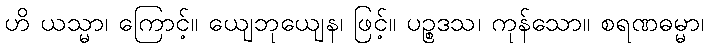
ဟိ ယသ္မာ၊ ကြောင့်။ ယျေဘုယျေန၊ ဖြင့်။ ပဉ္စဒသ၊ ကုန်သော။ စရဏဓမ္မာ၊